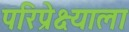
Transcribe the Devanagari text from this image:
परिप्रेक्ष्याला